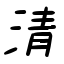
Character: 清